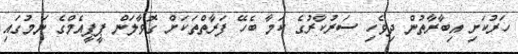
ހަރުކަށި އިބާރާތުން ދިވެހި ސަރުކާރުގެ ކަމާ ބެހޭ ފަރާތްތަކަށް ގޮވާލަން ޕީޕީއެމްގެ ނަމުގައި